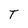
Character: T